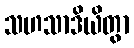
သဟသာဒိယိတွာ